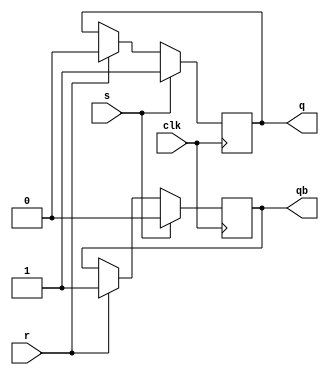
module RSff(r,s,q,qb,clk);
  input r,s,clk;
  output reg q, qb;
  always @(negedge clk)
  begin
    if (s==1) begin q=1; qb=0; end
    else if (r==1) begin q=0; qb=1; end
    else if (s==0 && r==0) begin q<=q; qb<=qb; end
  end
endmodule